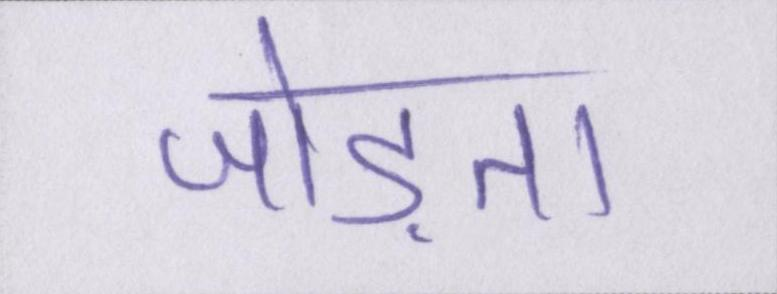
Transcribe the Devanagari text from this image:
जोड़ता